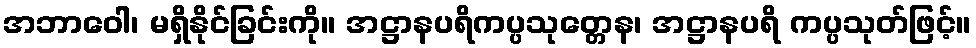
အဘာဝေါ၊ မရှိနိုင်ခြင်းကို။ အဋ္ဌာနပရိကပ္ပသုတ္တေန၊ အဋ္ဌာနပရိ ကပ္ပသုတ်ဖြင့်။